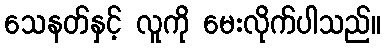
သေနတ်နှင့် လူကို မေးလိုက်ပါသည်။